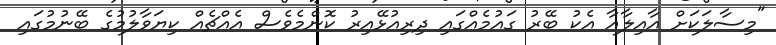
"މިސާލަކަށް އާއިލާއާ އެކު ބޭރު ގައުމެއްގައި ދިރިއުޅޭއިރު ކޮންމެވެސް އެއްޗެއް ކިޔަވާލުމުގެ ބޭނުމުގައި